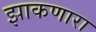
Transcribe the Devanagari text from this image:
झाकणारा